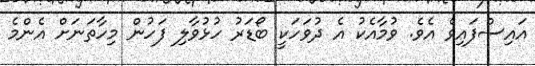
އައިސްފައިވެ އެވެ. ވުމާއެކު އެ ދުވަހަކީ ބޯޑަރު ހުޅުވާލި ފަހުން މިހާތަނަށް އެންމެ